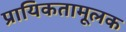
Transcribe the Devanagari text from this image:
प्रायिकतामूलक